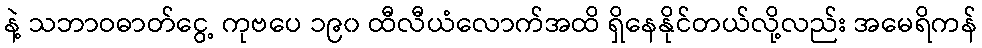
နဲ့ သဘာဝဓာတ်ငွေ့ ကုဗပေ ၁၉၀ ထီလီယံလောက်အထိ ရှိနေနိုင်တယ်လို့လည်း အမေရိကန်